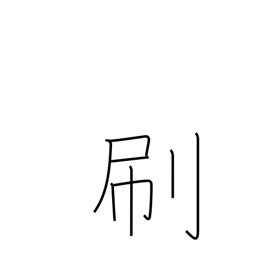
Meaning: brush